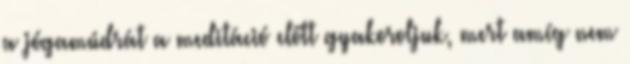
a jógamúdrát a meditáció előtt gyakoroljuk, mert amíg nem